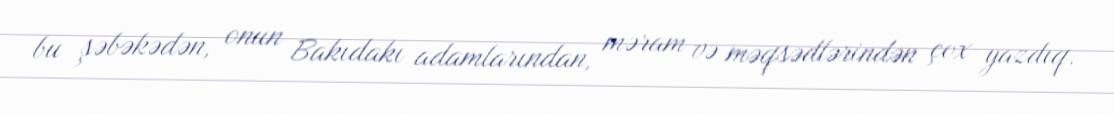
bu şəbəkədən, onun Bakıdakı adamlarından, məram və məqsədlərindən çox yazdıq.